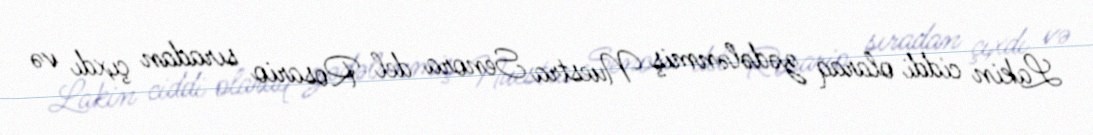
Lakin ciddi olaraq zədələnmiş Nuestra Senora del Rosario sıradan çıxdı və